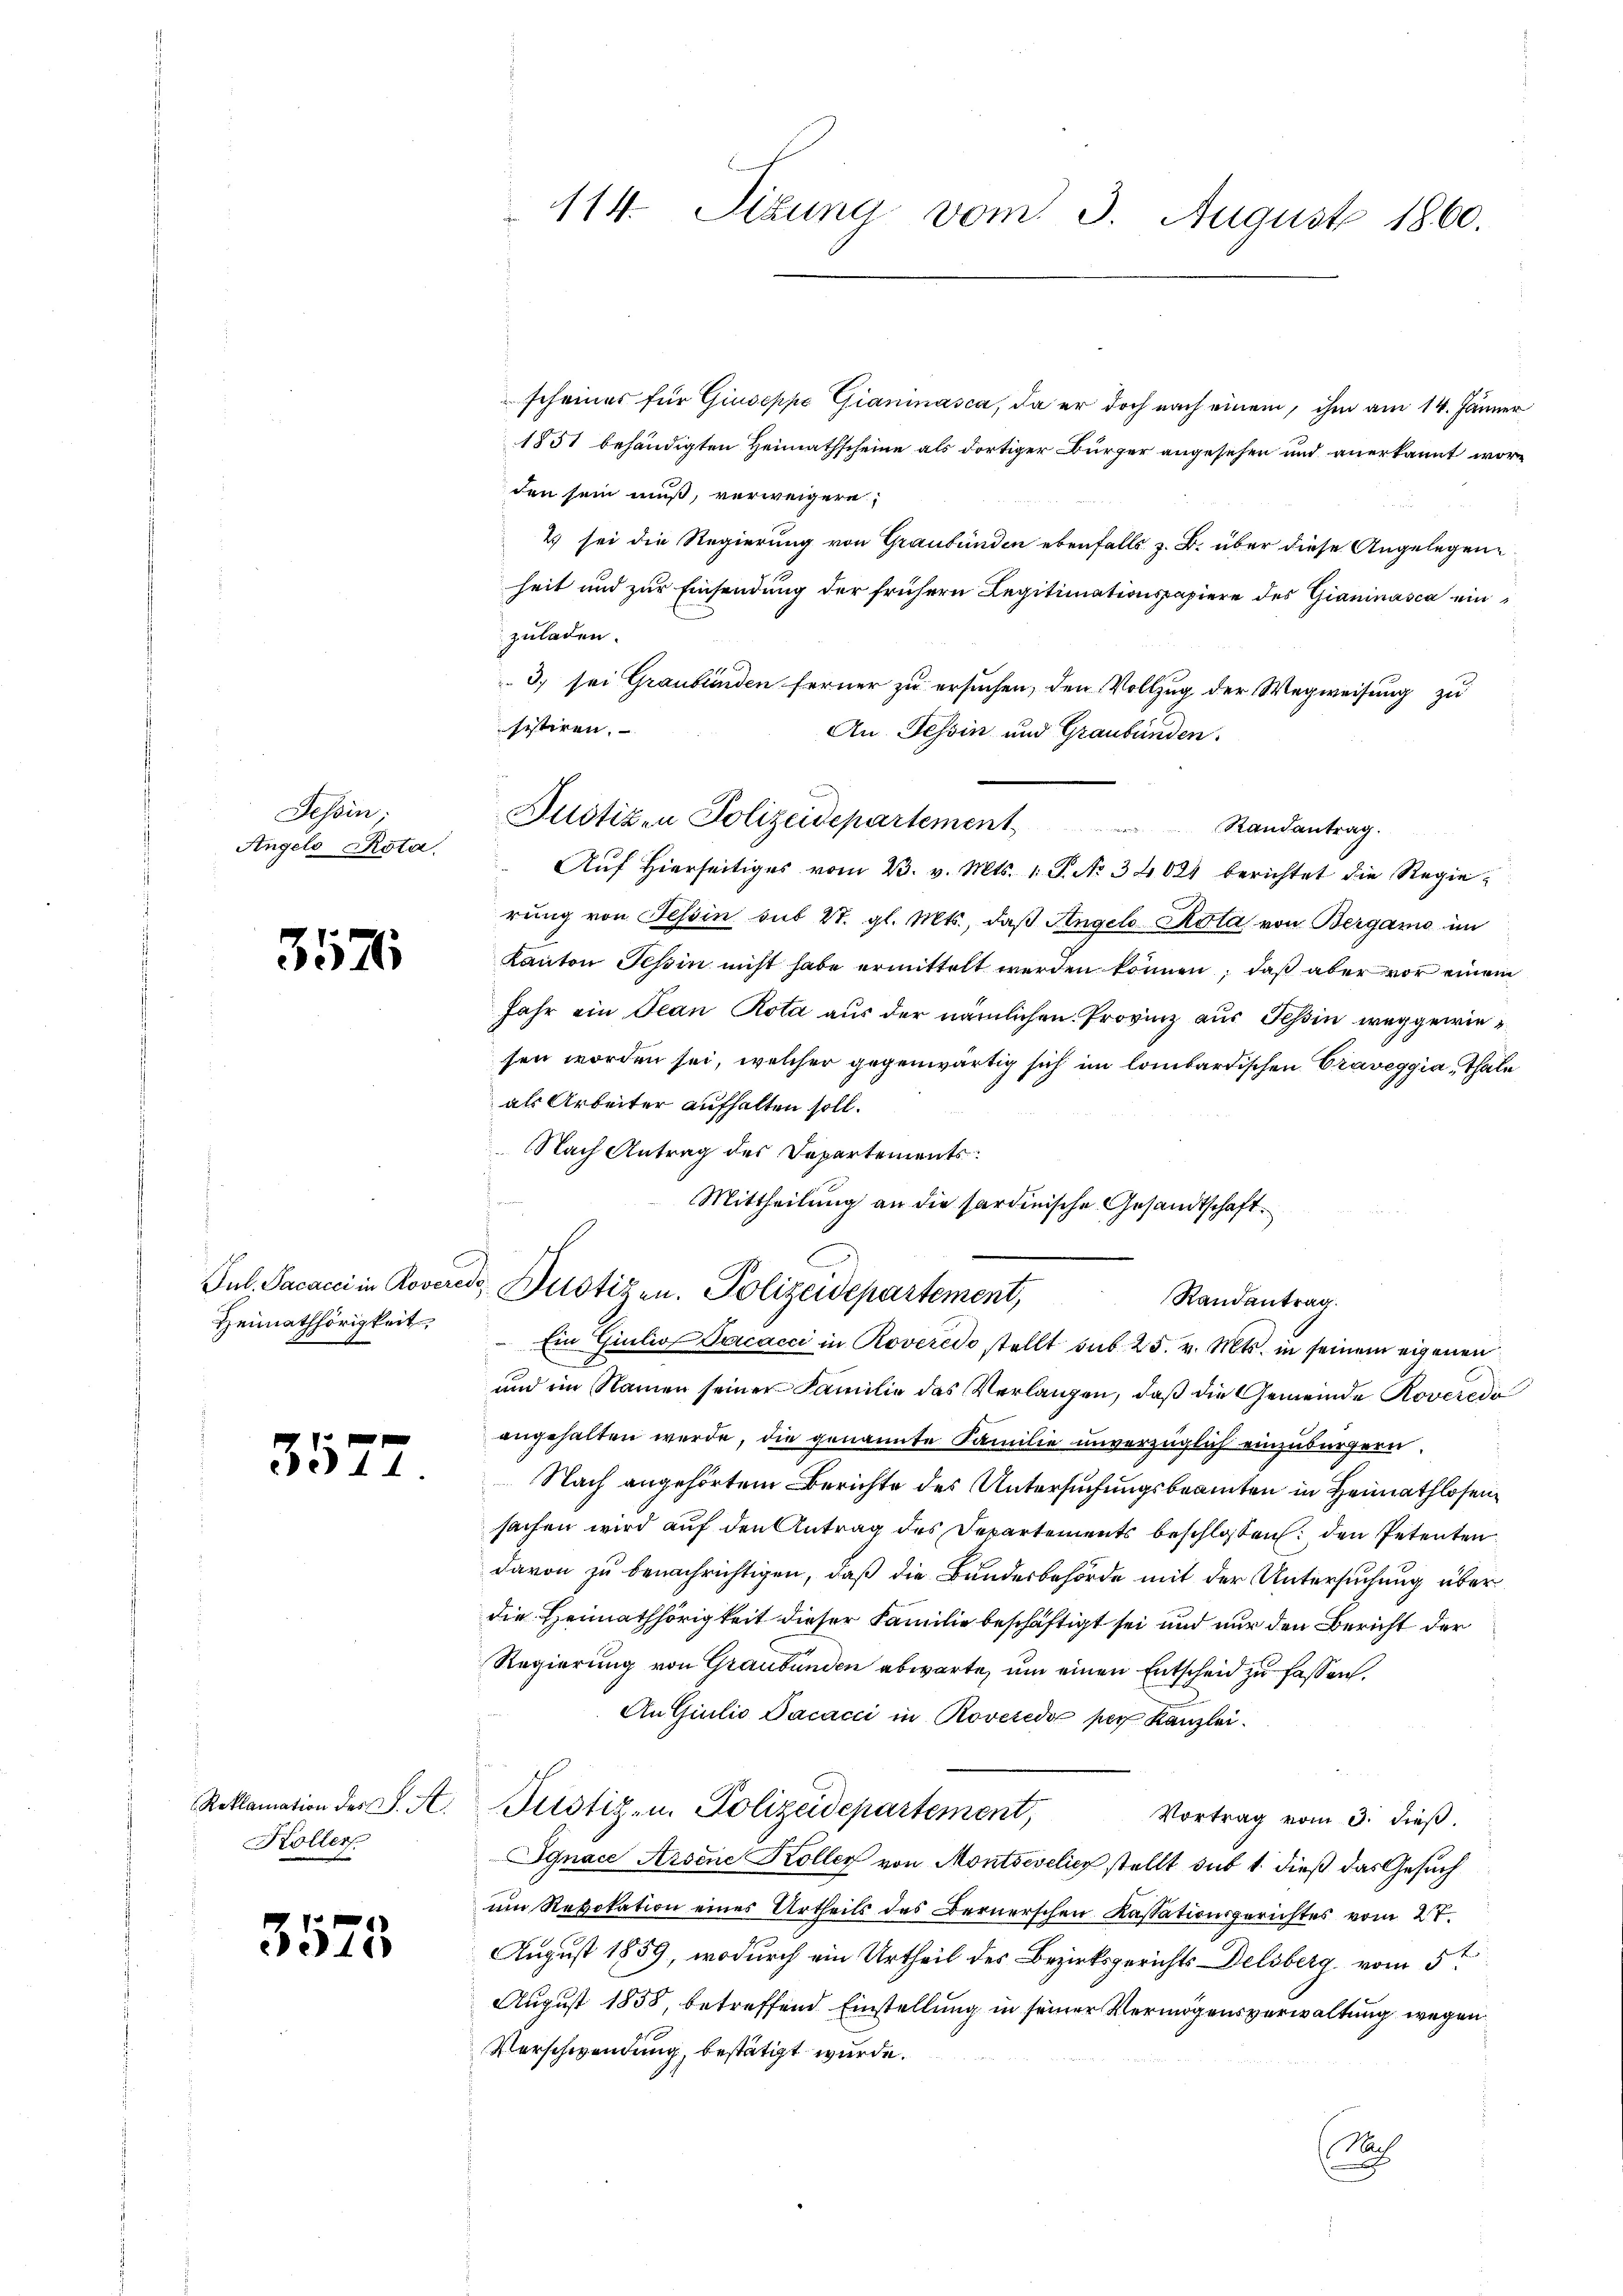
Tessin;
Angelo Rota.

3576

Heimathörigkeit,

3572

Reklamation des J. A.
Koller.

3573

114. Sizung vom 3. August 1860.

Justizen Polizeidepartement Randantrag.

scheines für Giuseppe Gianiasca, da er doch nach einem, ihm am 14. Jänner
1851 behändigten Heimathscheine als dortiger Bürger angesehen und anerkannt worden sein muß, verweigern,
2 sei die Regierung von Graubünden ebenfalls z. B. über diese Angelegen
heit und zur Einsendung der frühern Legitimationspapiere des Gianinasca einzuladen.
3, sei Graubünden ferner zu ersuchen, den Vollzug der Wegweisung zu
sistiren. |
An Tessin und Graubünden.
" Auf hierseitiges vom 23. v. Mts. 1. P. No. 34021 berichtet die Regierung von Tessin sub 27. gl. Mts., daß Angelo Rota von Bergamo im
Kanton Gesin nicht habe ermittelt werden können, daß aber vor einem
Jahr ein Jean Rota aus der nämlichen Provinz aus Tessin weggewiesen worden sei, welcher gegenwärtig sich im lombardischen Craveggia, Thale
als Arbeiter aufhalten soll.
Nach Antrag des Departements:
Mittheilung an die sardinische Gesandtschaft.

Jul. Sacacci in Roveredo Pustizen. Polizeidepartement,
Randantrag.
Ein Giulio Facacci in Roveredo stellt sub. 25. v. Mts. in seinem eigenen

und im Namen seiner Familie das Verlangen, daß die Gemeinde Roveredi
angehalten werde, die genannte Familie unverzüglich einzubürgern.
Nach angehörtem Berichte des Untersuchungsbeamten in Heimathlosensachen wird auf den Antrag des Departements beschlossen: den Petenten
davon zu benachrichtigen, daß die Bundesbehörde mit der Untersuchung über
die Heimathörigkeit dieser Familie beschäftigt sei und nur den Bericht der
Regierung von Graubünden abwarte, um einen Entscheid zu fassen.
An Giulio Pacacci in Roverede per Kanzlei.
Justiz- u. Polizeidepartement,
Vortrag vom 3. dieß.
Jgnace Arsene Koller von Montsevelier stellt sub 1. dieß das Gesuch
um Revokation eines Urtheils des Bernerschen Kassationsgerichtes vom 27.
August 1859, wodurch ein Urtheil des Bezirksgerichts Delsberg vom 5t
August 1858, betreffend Einstellung in seiner Vermögensverwaltung wegen
Verschwendung, bestätigt wurde.
A